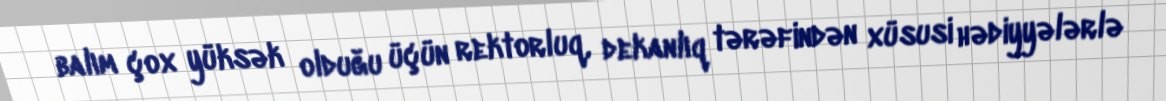
balım çox yüksək olduğu üçün rektorluq, dekanlıq tərəfindən xüsusi hədiyyələrlə